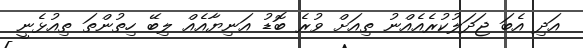
އަދި އެބަ ޖަދަލުކުރެއެއްނު ތިއަށް ވުރެ ބޮޑު އަނިޔާއެއް ލިބޭ ހިތުންތަ ތިއުޅެނީ